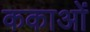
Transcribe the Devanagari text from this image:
ककाओं